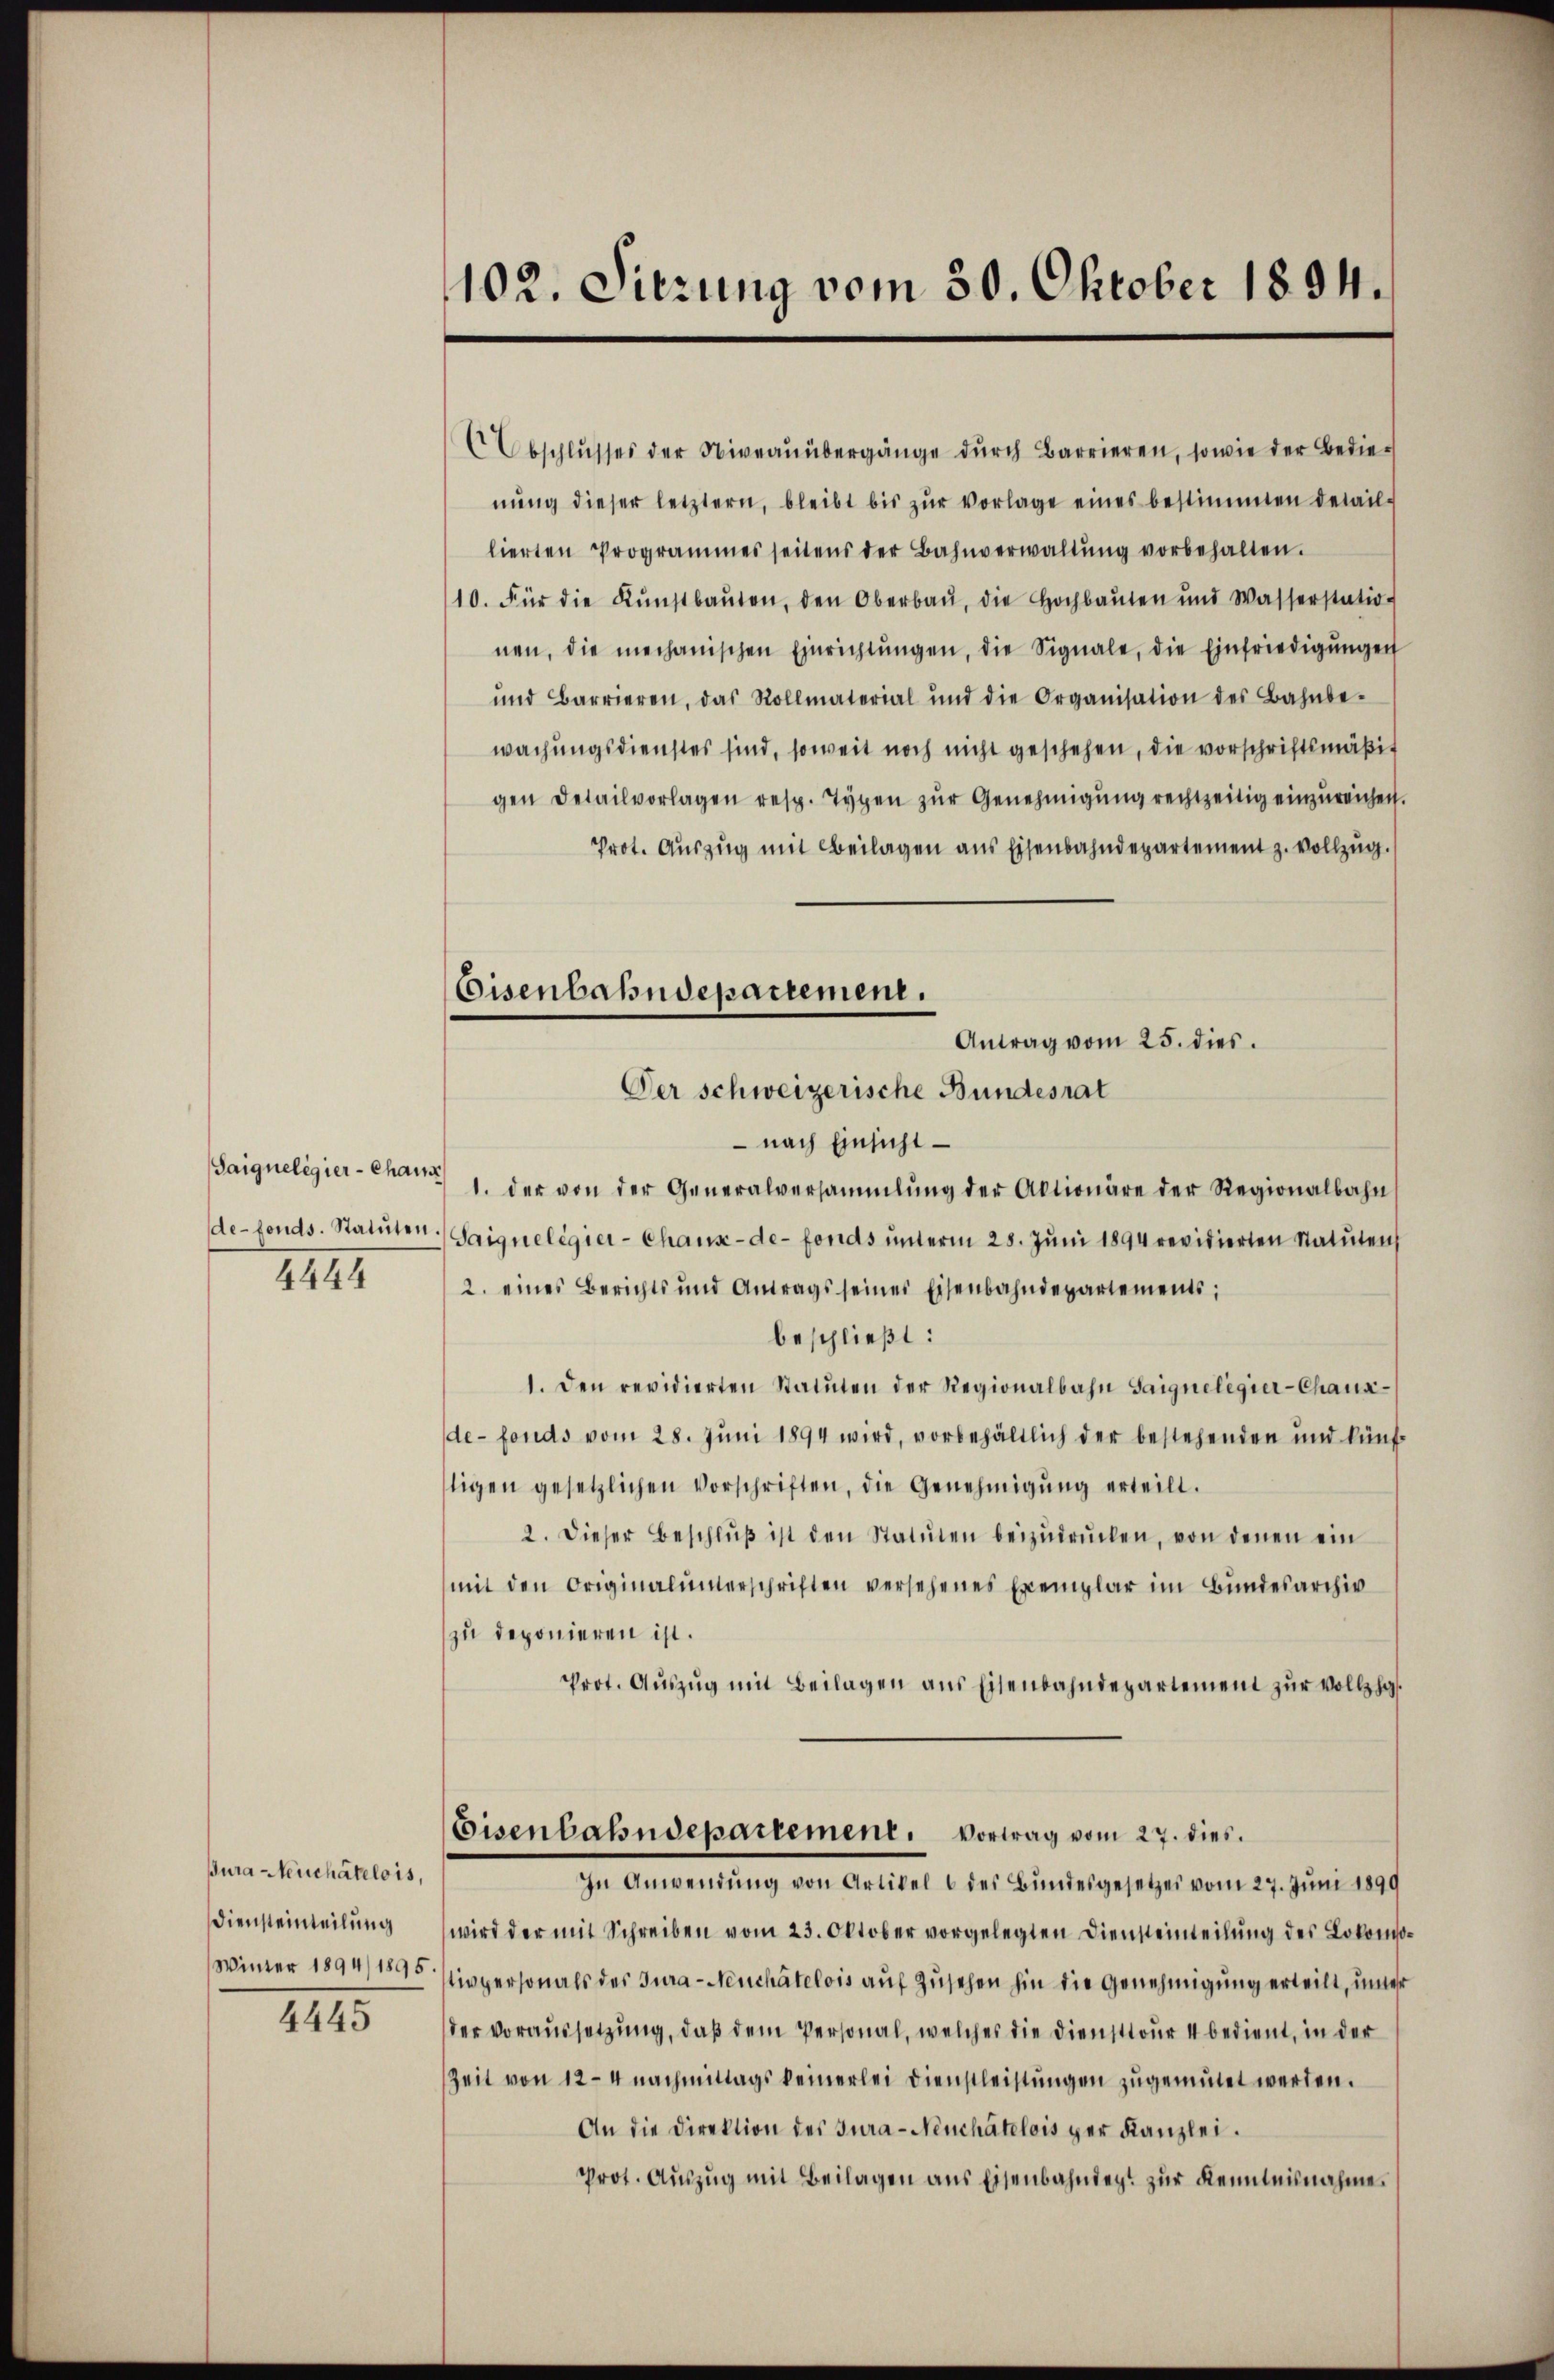
Saigneligier-Chaus
de-fonds. Statuten.
4444

Bura Neuchâtelois,
Diensteinteilung
Winter 1894/1895.

4445

102. Sierung vom 30. Oktober 1894.

Eisenbahndepartement.
Antrag vom 25. dies
Der schweizerische Bundesrat

Abschlusses der Niveauübergänge durch Barrieren, sowie der Bedienŭng dieser letztern, bleibt bis zŭr vorlage eines bestimmten detaillierten Programmes seitens der Bahnverwaltŭng vorbehalten.
10. Für die Kŭnstbaŭten, den Oberbaŭ, die Hochbaŭten und Wasserstatio-
nen, die mechanischen Einrichtŭngen, die Signale, die Einfriedigŭngen
und Barrieren, das Rollmaterial und die Organisation des Bahnbe-
wachungsdienstes sind, soweit noch nicht geschehen, die vorschriftsmäßigen Detailvorlagen resp. Typen zŭr Genehmigŭng rechtzeitig einzureichen.
Prot. Auszug mit Beilagen aus Eisenbahndepartement z. Vollzug.
 nach Einsicht
1. der von der Generalversammlung der Aktionäre der Regionalbahn
Saiqueligier-Chaux-de-Fonds unterm 28. Juni 1894 revidierten Statuten
2. eines Berichts und Antrags seines Eisenbahndepartements:
beschließt:
1. Den revidierten Statuten der Regionalbahn Saignelegier-Chausde-fonds vom 28. Juni 1894 wird, vorbehältlich der bestehenden und künftigen gesetzlichen Vorschriften, die Genehmigŭng erteilt.
2. Dieser Beschlŭβ ist den Statuten beizŭdrŭcken, von denen ein
mit den Originalunterschriften versehenes Exemplar im Bundesarchiv
zu deponieren ist.
Prot. Aŭszŭg mit Beilagen ans Eisenbahndepartement zŭr Vollzhg.
Eisenbahndepartement. Vortrag vom 27. dies
In Anwendŭng von Artikel 6 des Bŭndesgesetzes vom 27. Jŭni 1899
wird der mit Schreiben vom 23. Oktober vorgelegten Diensteinteilŭng des Lokomotivpersonals des Jura-Neuchâtelois auf Zusehen hin die Genehmigung erteilt, unter
der Voraussetzung, daß dem Personal, welches die Diensttour 4 bedient, in der
Zeit von 12-4 nachmittags keinerlei Dienstleistungen zugemutet werden.
An die Direktion des Jura-Neuchâtelois per Kanzlei.
Prot. Aŭszŭg mit Beilagen ans Eisenbahndert zur Kenntnisnahme.